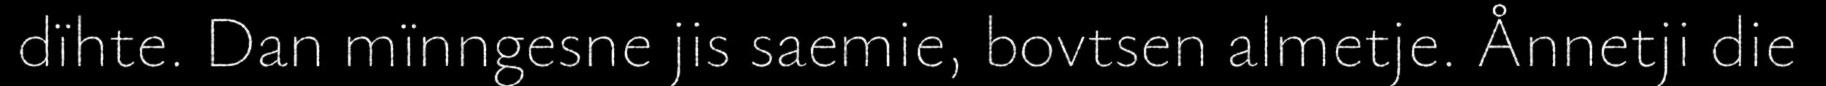
dïhte. Dan mïnngesne jis saemie, bovtsen almetje. Ånnetji die